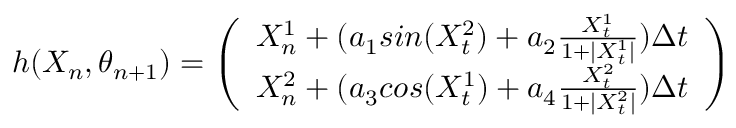
h ( X _ { n } , \theta _ { n + 1 } ) = \left( \begin{array} { l } { X _ { n } ^ { 1 } + ( a _ { 1 } s i n ( X _ { t } ^ { 2 } ) + a _ { 2 } \frac { X _ { t } ^ { 1 } } { 1 + | X _ { t } ^ { 1 } | } ) \Delta t } \\ { X _ { n } ^ { 2 } + ( a _ { 3 } c o s ( X _ { t } ^ { 1 } ) + a _ { 4 } \frac { X _ { t } ^ { 2 } } { 1 + | X _ { t } ^ { 2 } | } ) \Delta t } \end{array} \right)